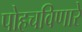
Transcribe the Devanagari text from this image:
पोहचविणारे